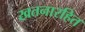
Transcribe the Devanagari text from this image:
खतनारहित